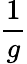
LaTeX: \frac{1}{g}